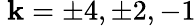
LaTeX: \ \mathbf{k}=\pm4,\pm2,-1